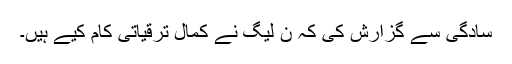
سادگی سے گزارش کی کہ ن لیگ نے کمال ترقیاتی کام کیے ہیں۔